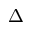
\Delta